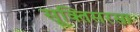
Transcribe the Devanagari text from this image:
सूक्तिसरसा